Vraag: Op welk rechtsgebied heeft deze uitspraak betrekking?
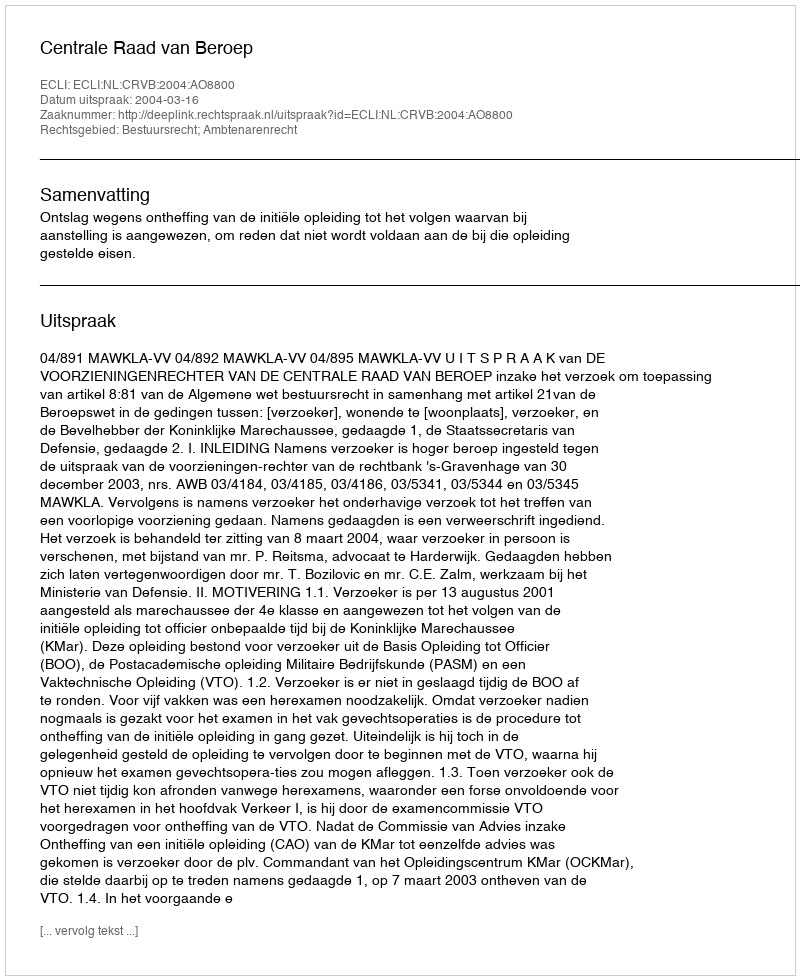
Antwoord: Bestuursrecht; Ambtenarenrecht